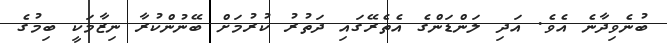
ބުނެވިދާނެ އެވެ. އަދި ލަންޑަންގެ އެތެރޭގައި ދަތުރު ކުރުމަށް ބޭނުންކުރާ ނިޒާމަކީ ބިމުގެ